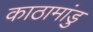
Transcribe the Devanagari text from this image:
काठामांडु